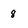
Character: 8